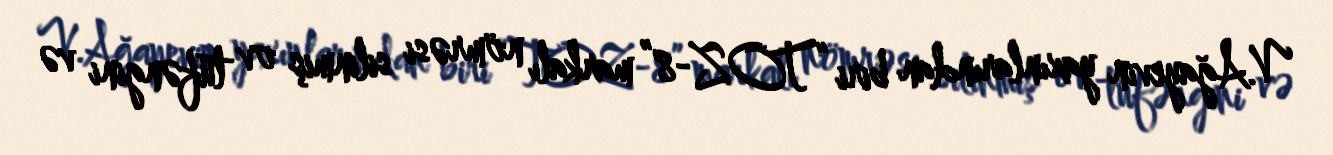
V.Ağayevin yaxınlarından biri “TOZ-8” markalı nömrəsi silinmiş ov tüfəngini və